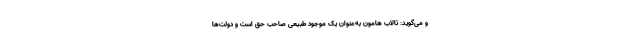
و می‌گوید: تالاب هامون به‌عنوان یک موجود طبیعی صاحب حق است و دولت‌ها